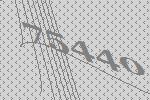
75440